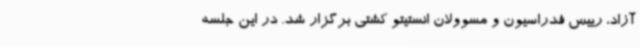
آزاد، رییس فدراسیون و مسوولان انستیتو کشتی برگزار شد. در این جلسه